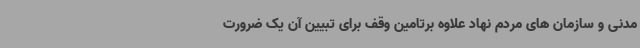
مدنی و سازمان های مردم نهاد علاوه برتامین وقف برای تبیین آن یک ضرورت